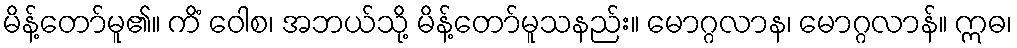
မိန့်တော်မူ၏။ ကိံ ဝေါစ၊ အဘယ်သို့ မိန့်တော်မူသနည်း။ မောဂ္ဂလာန၊ မောဂ္ဂလာန်။ ဣဓ၊